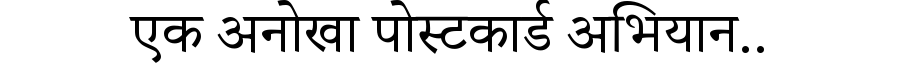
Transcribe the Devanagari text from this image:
एक अनोखा पोस्टकार्ड अभियान..